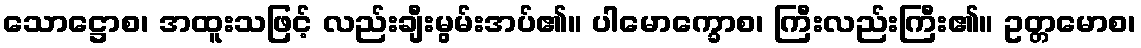
သောဋ္ဌောစ၊ အထူးသဖြင့် လည်းချီးမွမ်းအပ်၏။ ပါမောက္ခောစ၊ ကြီးလည်းကြီး၏။ ဥတ္တမောစ၊